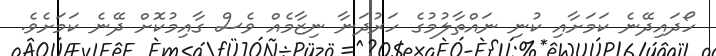
ހޯދައިދޭނެ ކަމަށާއި ކުނި ނައްތާލުމުގެ ހަރުދަނާ ނިޒާމެއް ވެސް ގާއިމުކޮށް ދޭނެ ކަމަށެވެ.